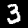
Label: 3